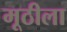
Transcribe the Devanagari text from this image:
मूठीला